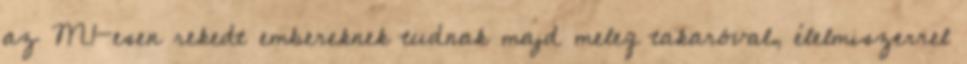
az M1-esen rekedt embereknek tudnak majd meleg takaróval, élelmiszerrel